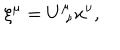
\xi ^ { \mu } = U _ { \, \, \nu } ^ { \mu } x ^ { \nu } ,